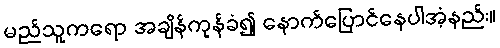
မည်သူကရော အချိန်ကုန်ခံ၍ နောက်ပြောင်နေပါအံ့နည်း။